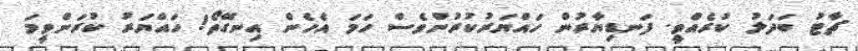
ޗާޓު ބަދަލު ކުރެއްވީ. ފަނޑިޔާރުން ހައްޔަރުކުރުންވެސް ހަމަ އެހެން އިނގޭތޯ! ހައްޔަރު ކުރަންވީމަ